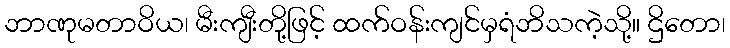
ဘာဏုမတာဝိယ၊ မီးကျီးတို့ဖြင့် ထက်ဝန်းကျင်မှရံဘိသကဲ့သို့။ ဌိတော၊